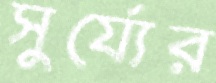
সুর্য্যের